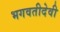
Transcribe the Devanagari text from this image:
भगवतीदेवी